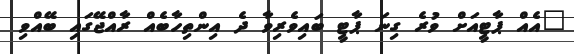
"އެއް ޕާޓީއަށް ވުރެ ގިނަ ޕާޓީ ބައިވެރިވާ ދެ އިންތިހާބެއް ރާއްޖޭގައި ބޭއްވި